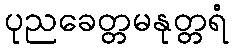
ပုညခေတ္တမနုတ္တရံ